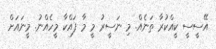
އޭސީސީ ކީއްކުރާ ތަނެއް. މި ނަސީރު މީ މާ ފައްކާ މީހެއްނު. މީނައަށް